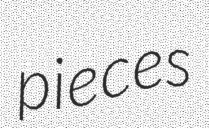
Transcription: pieces